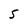
Character: 5